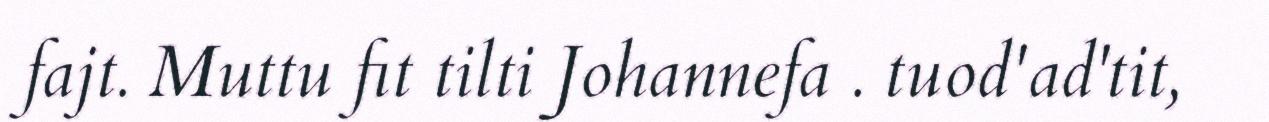
fajt. Muttu fit tilti Johannefa . tuod'ad'tit,